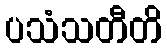
ပသံသတီတိ